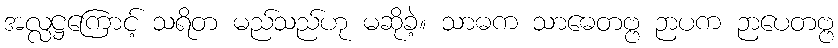
အလ္လဋ္ဌကြောင့် သရိတ မည်သည်ဟု မဆိုခဲ့။ သာဓက သာဓေတဗ္ဗ ဉာပက ဉာပေတဗ္ဗ